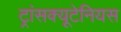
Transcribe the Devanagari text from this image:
ट्रांसक्यूटेनियस